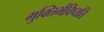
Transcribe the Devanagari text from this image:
मुक्तिर्भविष्यति